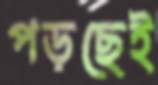
পড়ছেই